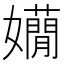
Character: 𡤃